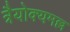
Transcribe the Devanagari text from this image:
त्रैयोक्यमल्ल